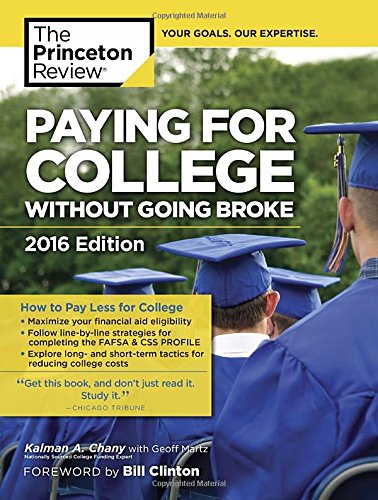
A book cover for Paying for College Without Going Broke, 2016 Edition (College Admissions Guides); Princeton Review; Test Preparation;